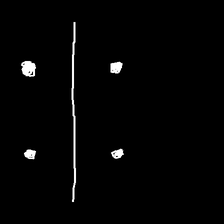
Glyph: cool